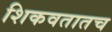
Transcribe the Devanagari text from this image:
शिकवतातच